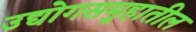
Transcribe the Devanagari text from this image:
उद्योगसमुहातील